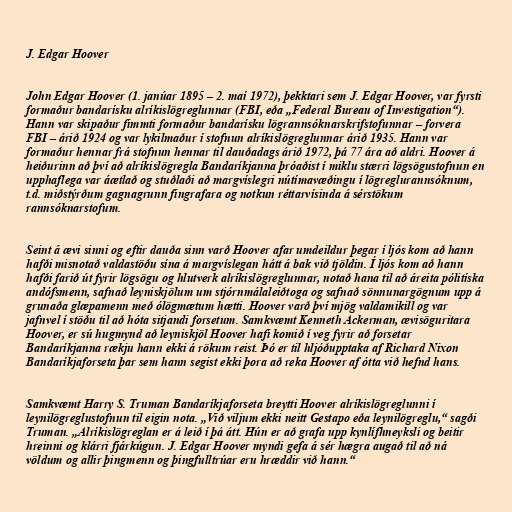
J. Edgar Hoover

John Edgar Hoover (1. janúar 1895 – 2. maí 1972), þekktari sem J. Edgar Hoover, var fyrsti
formaður bandarísku alríkislögreglunnar (FBI, eða „Federal Bureau of Investigation“).
Hann var skipaður fimmti formaður bandarísku lögrannsóknarskrifstofunnar – forvera
FBI – árið 1924 og var lykilmaður í stofnun alríkislögreglunnar árið 1935. Hann var
formaður hennar frá stofnun hennar til dauðadags árið 1972, þá 77 ára að aldri. Hoover á
heiðurinn að því að alríkislögregla Bandaríkjanna þróaðist í miklu stærri lögsögustofnun en
upphaflega var áætlað og stuðlaði að margvíslegri nútímavæðingu í lögreglurannsóknum,
t.d. miðstýrðum gagnagrunn fingrafara og notkun réttarvísinda á sérstökum
rannsóknarstofum.

Seint á ævi sinni og eftir dauða sinn varð Hoover afar umdeildur þegar í ljós kom að hann
hafði misnotað valdastöðu sína á margvíslegan hátt á bak við tjöldin. Í ljós kom að hann
hafði farið út fyrir lögsögu og hlutverk alríkislögreglunnar, notað hana til að áreita pólitíska
andófsmenn, safnað leyniskjölum um stjórnmálaleiðtoga og safnað sönnunargögnum upp á
grunaða glæpamenn með ólögmætum hætti. Hoover varð því mjög valdamikill og var
jafnvel í stöðu til að hóta sitjandi forsetum. Samkvæmt Kenneth Ackerman, ævisöguritara
Hoover, er sú hugmynd að leyniskjöl Hoover hafi komið í veg fyrir að forsetar
Bandaríkjanna rækju hann ekki á rökum reist. Þó er til hljóðupptaka af Richard Nixon
Bandaríkjaforseta þar sem hann segist ekki þora að reka Hoover af ótta við hefnd hans.

Samkvæmt Harry S. Truman Bandaríkjaforseta breytti Hoover alríkislögreglunni í
leynilögreglustofnun til eigin nota. „Við viljum ekki neitt Gestapo eða leynilögreglu,“ sagði
Truman. „Alríkislögreglan er á leið í þá átt. Hún er að grafa upp kynlífhneyksli og beitir
hreinni og klárri fjárkúgun. J. Edgar Hoover myndi gefa á sér hægra augað til að ná
völdum og allir þingmenn og þingfulltrúar eru hræddir við hann.“